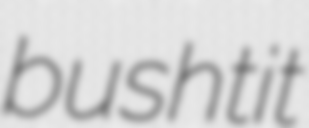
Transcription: bushtit